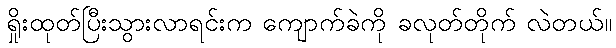
ရှိုးထုတ်ပြီးသွားလာရင်းက ကျောက်ခဲကို ခလုတ်တိုက် လဲတယ်။